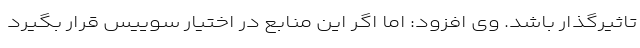
تاثیرگذار باشد. وی افزود: اما اگر این منابع در اختیار سوییس قرار بگیرد